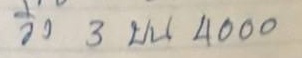
วิ่ง 3 บน 4000